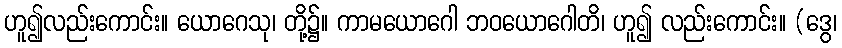
ဟူ၍လည်းကောင်း။ ယောဂေသု၊ တို့၌။ ကာမယောဂေါ ဘဝယောဂေါတိ၊ ဟူ၍ လည်းကောင်း။ (ဒွေ၊